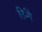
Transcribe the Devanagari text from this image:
तिनौ